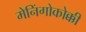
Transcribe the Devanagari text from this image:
मेनिंगोकोक्की